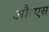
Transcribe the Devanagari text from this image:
औरएस